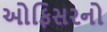
ઓફિસરનો